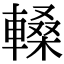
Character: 䡦